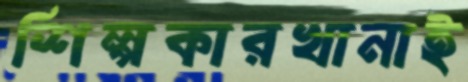
শিল্পকারখানাই